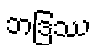
ဘဒြဿ